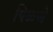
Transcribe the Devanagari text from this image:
पिळणे